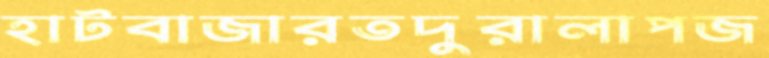
হাটবাজারতদুরালাপজ